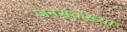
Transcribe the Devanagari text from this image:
जनसंकख्या